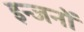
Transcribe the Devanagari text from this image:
इन्जनों